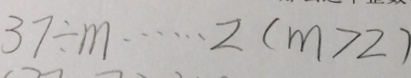
3 7 \div m \cdots 2 ( m > 2 )